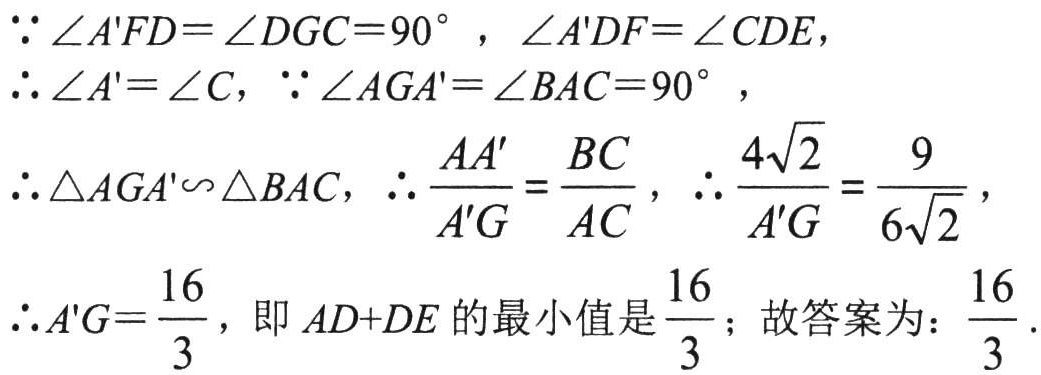
\(\because \angle A'FD=\angle DGC = 90^{\circ}\)，\(\angle A'DF=\angle CDE\)，
\(\therefore \angle A'=\angle C\)，\(\because \angle AGA'=\angle BAC = 90^{\circ}\)，
\(\therefore \triangle AGA'\backsim\triangle BAC\)，\(\therefore \dfrac{AA'}{A'G}=\dfrac{BC}{AC}\)，\(\therefore \dfrac{4\sqrt{2}}{A'G}=\dfrac{9}{6\sqrt{2}}\)，
\(\therefore A'G=\dfrac{16}{3}\)，即 \(AD + DE\) 的最小值是 \(\dfrac{16}{3}\)；故答案为：\(\dfrac{16}{3}\).